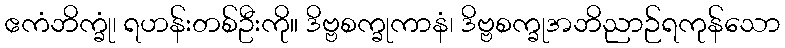
ဧကံဘိက္ခုံ၊ ရဟန်းတစ်ဦးကို။ ဒိဗ္ဗစက္ခုကာနံ၊ ဒိဗ္ဗစက္ခုအဘိညာဉ်ရကုန်သော